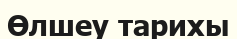
Өлшеу тарихы